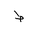
Letter: _da